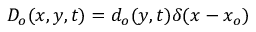
D _ { o } ( x , y , t ) = d _ { o } ( y , t ) \delta ( x - x _ { o } )